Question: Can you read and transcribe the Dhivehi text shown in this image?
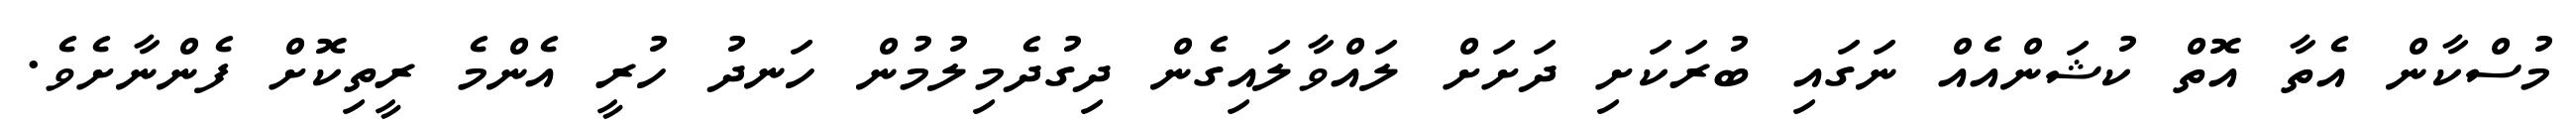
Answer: މުސްކާން އެތާ އޮތް ކުޝަންއެއް ނަގައި ބުރަކަށި ދަށަށް ލައްވާލައިގެން ދިގުދެމިލުމުން ހަނދު ހުރީ އެންމެ ރީތިކޮށް ފެންނާށެވެ.